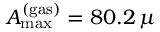
A _ { \mathrm { m a x } } ^ { \mathrm { ( g a s ) } } = 8 0 . 2 \, \mu